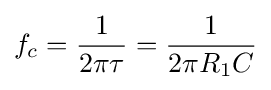
f_{c}={\frac {1}{2\pi \tau }}={\frac {1}{2\pi R_{1}C}}